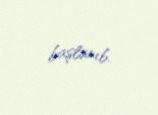
başlanıb.